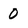
Character: 0